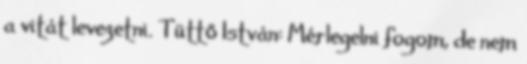
a vitát levezetni. Tüttő István: Mérlegelni fogom, de nem